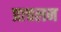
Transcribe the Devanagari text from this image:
प्राचलन